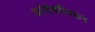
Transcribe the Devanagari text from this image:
कांदंबरीवरून